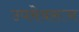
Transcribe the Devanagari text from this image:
उपमेवरून